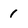
Character: 1